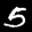
Label: 5